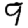
Digit: 9